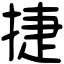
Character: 捷